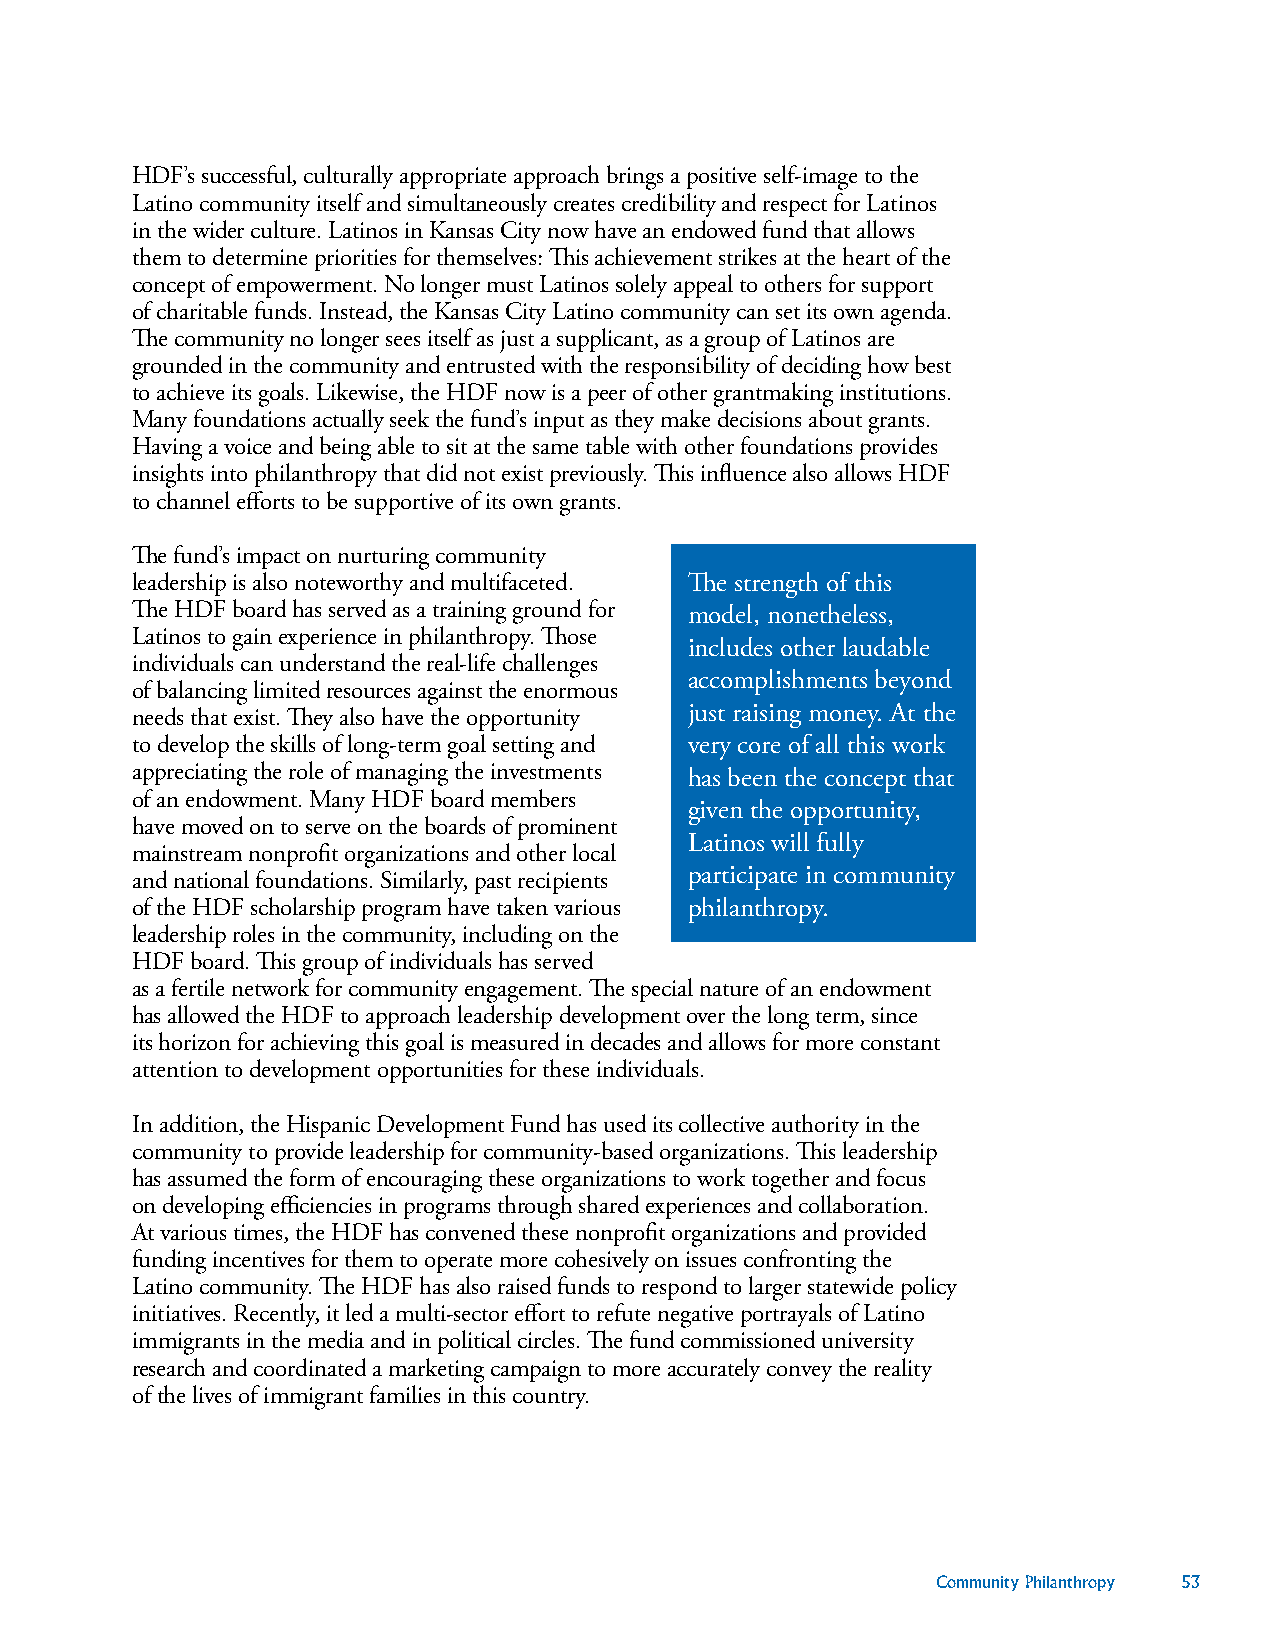
HDF’s successful, culturally appropriate approach brings a positive self-image to the
 Latino community itself and simultaneously creates credibility and respect for Latinos
 in the wider culture. Latinos in Kansas City now have an endowed fund that allows
 them to determine priorities for themselves: This achievement strikes at the heart of the
 concept of empowerment. No longer must Latinos solely appeal to others for support
 of charitable funds. Instead, the Kansas City Latino community can set its own agenda.
 The community no longer sees itself as just a supplicant, as a group of Latinos are
 grounded in the community and entrusted with the responsibility of deciding how best
 to achieve its goals. Likewise, the HDF now is a peer of other grantmaking institutions.
 Many foundations actually seek the fund’s input as they make decisions about grants.
 Having a voice and being able to sit at the same table with other foundations provides
 insights into philanthropy that did not exist previously. This influence also allows HDF
 to channel efforts to be supportive of its own grants.
 The fund’s impact on nurturing community
 leadership is also noteworthy and multifaceted. The strength of this
 The HDF board has served as a training ground for model, nonetheless,
 Latinos to gain experience in philanthropy. Those
 includes other laudable
 individuals can understand the real-life challenges
 accomplishments beyond
 of balancing limited resources against the enormous
 needs that exist. They also have the opportunity just raising money. At the
 to develop the skills of long-term goal setting and very core of all this work
 appreciating the role of managing the investments has been the concept that
 of an endowment. Many HDF board members
 given the opportunity,
 have moved on to serve on the boards of prominent
 Latinos will fully
 mainstream nonprofit organizations and other local
 and national foundations. Similarly, past recipients participate in community
 of the HDF scholarship program have taken various philanthropy.
 leadership roles in the community, including on the
 HDF board. This group of individuals has served
 as a fertile network for community engagement. The special nature of an endowment
 has allowed the HDF to approach leadership development over the long term, since
 its horizon for achieving this goal is measured in decades and allows for more constant
 attention to development opportunities for these individuals.
 In addition, the Hispanic Development Fund has used its collective authority in the
 community to provide leadership for community-based organizations. This leadership
 has assumed the form of encouraging these organizations to work together and focus
 on developing efficiencies in programs through shared experiences and collaboration.
 At various times, the HDF has convened these nonprofit organizations and provided
 funding incentives for them to operate more cohesively on issues confronting the
 Latino community. The HDF has also raised funds to respond to larger statewide policy
 initiatives. Recently, it led a multi-sector effort to refute negative portrayals of Latino
 immigrants in the media and in political circles. The fund commissioned university
 research and coordinated a marketing campaign to more accurately convey the reality
 of the lives of immigrant families in this country.
 Community Philanthropy 53